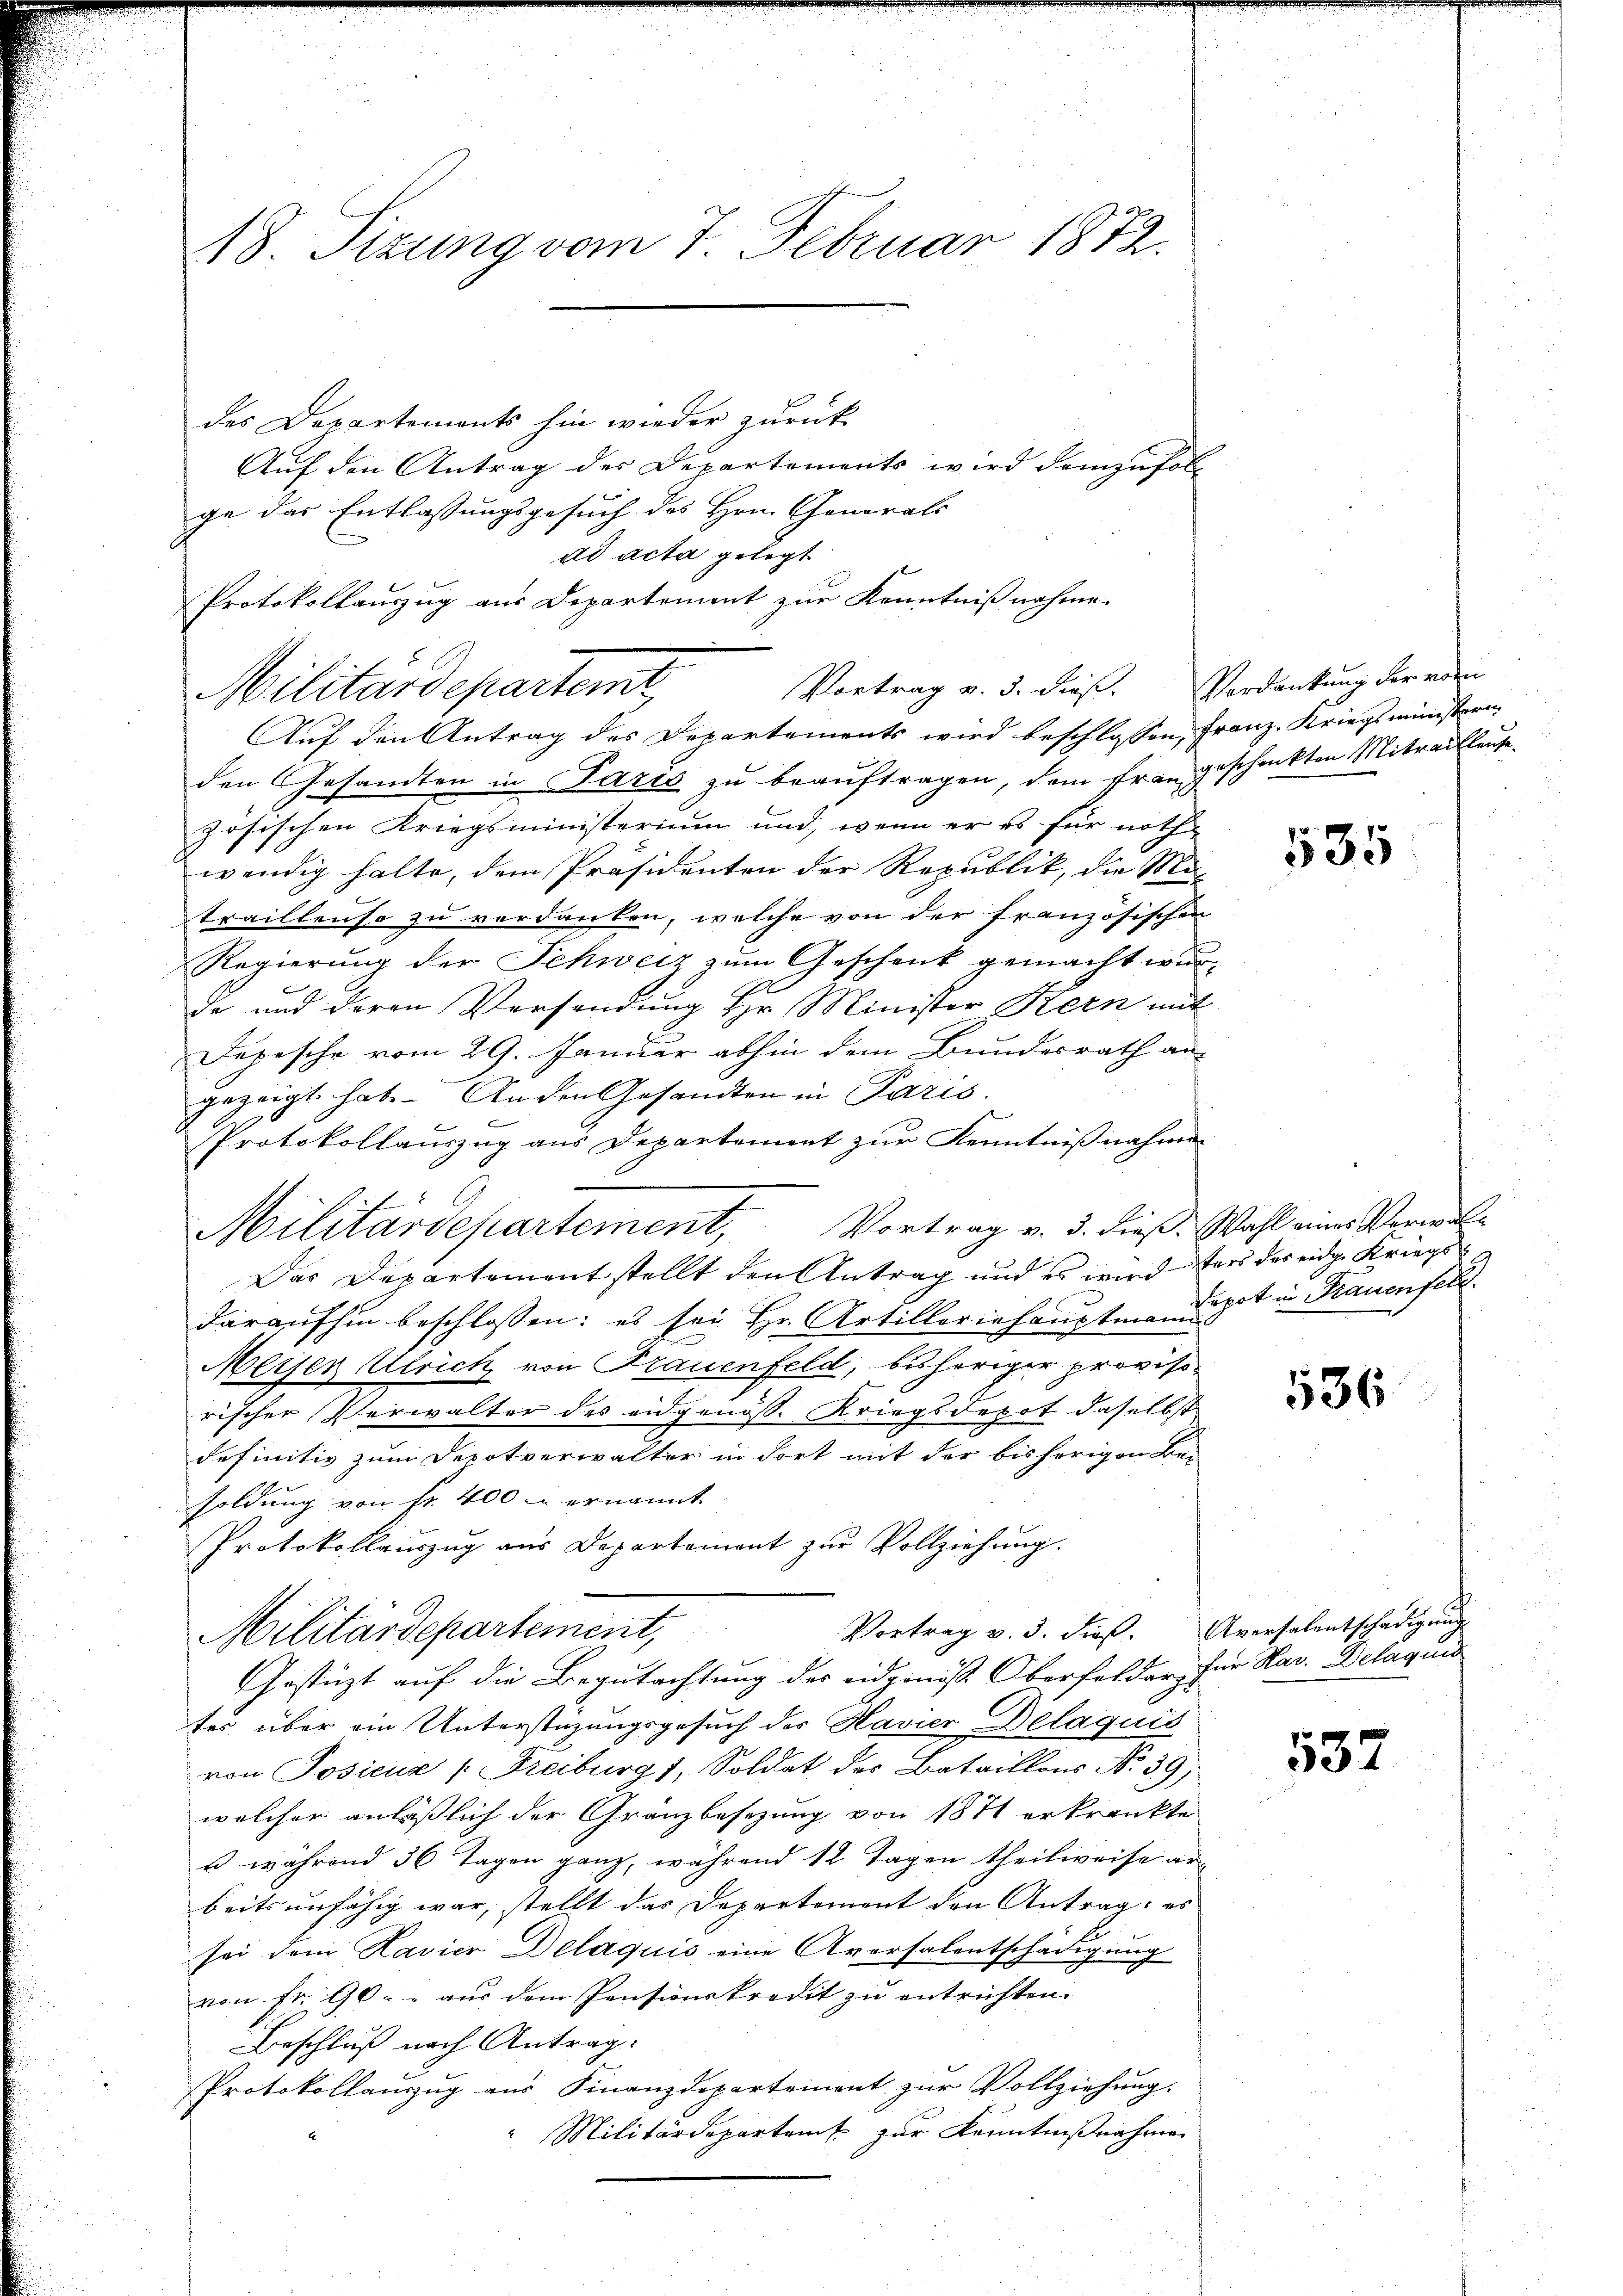
des Departemonts hin wieder zurück
Auf den Antrag des Departements wird demzufol
ge das Entlassungsgesuch des Hrn. Canarals
ad acta gelegt:
Protokollauszug aus Departement zur Kenntnißnahme.
Auf den Antrag des Departements wird beschlossen, Franz. Kriegsministern-
den Gesandten in Paris zu beauftragen, dem frangeschenkten Mitrailleute
zösischen Kriegsministerium und, wenn er es für noth
wendig halte, dem Präsidenten der Republik, die Matrailleuse zu verdanken, welche von der französischen
Regierung der Schweiz zum Geschenk gemacht wurde und deren Vorsendung Hr. Minister Kern mit
Depesche vom 29. Januar abhin dem Bundesrath angezeigt hat. An den Gesandten in Paris
d
Protokollauszug aus Departement zur Kenntnißnahmen
Militärdepartement, Vortrag v. 3. dieß. Wahl eines Verwal¬
Das Departementstellt den Antrag und es wird ders das eidge Kriegsdaraufhin beschlossen: es sei Hr. Artilleriehauptmannigst in Frauenfeld.
Meisen Ulrich von Frauenfeld, bisheriger provisorischer Verwalter des eidgenöss. Kriegsdepot daselbst
definitiv zum Depotverwalter in dort mit der bisherigen Be-
soldung von Fr. 400 u ernannt.
Protokollauszug aus Departement zŭr Vollziehung.
Vortrag v. 3. dieß. Aversalentschädigŭng
Militärdepartement,
Gestüzt auf die Begutachtung des eidgenöss. Oberfelder, für Har. Belagung
tes über ein Unterstüzungsgesuch des Havier Delaquis
von Posicus (Freiburg 1, Soldat des Bataillons No. 39,
welcher anläßlich der Granzbesezung von 1871 erkränkte
u während 36 Tagen ganz, während 12 Tagen theilweise ar-
beitsunfähig war, stellt das Departemont den Antrag: es
sei dem Havier Delaquis eine Aversalentschädigung
von Fr. 90 - - aus dem Pensionskredit zu entrichten.
Beschluß nach Antrag:
Protokollauszug aus Finanzdepartement zur Vollziehung.
Militärdepartamt zur Kenntnißnahmen

18. Sizung vom 7. Februar 1872.

Militärdepartemt

Vortrag v. 5. dies. Verdankung der vom

535

536

537